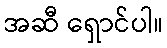
အဆီ ရှောင်ပါ။